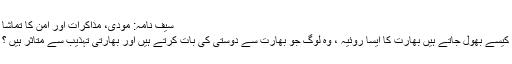
سیف نامہ: مودی، مذاکرات اور امن کا تماشا
کیسے بھول جاتے ہیں بھارت کا ایسا روئیہ ، وہ لوگ جو بھارت سے دوستی کی بات کرتے ہیں اور بھارتی تہذیب سے متاثر ہیں ؟